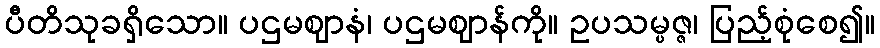
ပီတိသုခရှိသော။ ပဌမဈာနံ၊ ပဌမဈာန်ကို။ ဥပသမ္ပဇ္ဇ၊ ပြည့်စုံစေ၍။